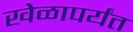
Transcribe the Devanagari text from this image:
खेळापर्यंत